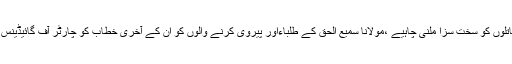
انہوں نے مطالبہ کیا کہ قاتلوں کو سخت سزا ملنی چاہیے ،مولانا سمیع الحق کے طلباءاور پیروی کرنے والوں کو ان کے آخری خطاب کو چارٹر آف گائیڈینس کے طور پر لینا چاہیے ۔